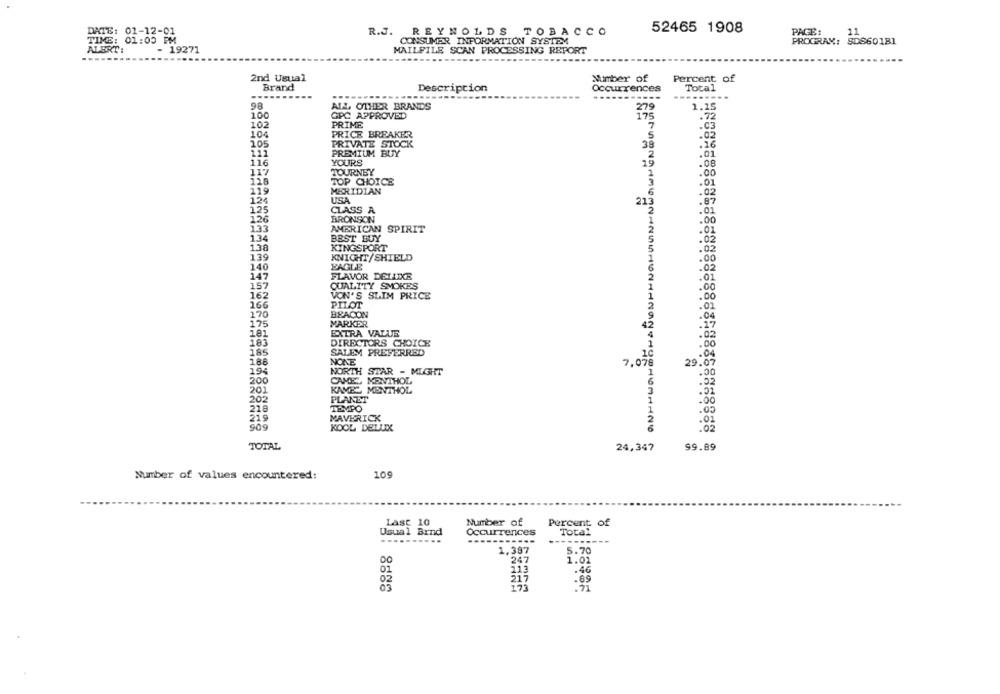
DATE: 01-12-01
R.J. REYNOLDS TOBACCO
52465 1908
PAGE:
11
TIME: 01:00 PM
CONSUMER INFORMATION SYSTEM
PROGRAM: SDS60181
ALERT:
- 19271
MAILFILE SCAN PROCESSING REPORT
2nd Usual
Number of
Percent of
Brand
Description
Occurrences
Total
-----------
----..
98
ALL, OTHER BRANDS
279
1.25
100
GPC APPROVED
175
.72
102
PRIME
7
.C3
104
PRICE BREAKER
5
.02
105
PRIVATE STOCK
38
.26
111
PREMIUM BUY
.01
2
116
YOURS
19
.08
117
TOURNEY
.00
118
TOP CHOICE
.01
119
MERIDIAN
124
USA
:07
213
125
CLASS A
.01
126
BRONSON
.00
133
AMERICAN SPIRIT
.01
134
BEST BUY
.02
138
KINGSPORT
139
.00
KNIGHT/SHIELD
140
EAGLE
.02
147
FLAVOR DELLIXE
.01
157
QUALITY SMOKES
.00
162
VON'S SLIM PRICE
.00
166
PILOT
170
BEACON
.04
175
MARKER
17
181
EXTRA VALUE
.02
183
DIRECTORS CHOICE
.00
185
SALEM PREFERRED
1c
.04
188
NONE
7,078
29.07
194
NORTH STAR - MIGHT
1
.00
200
CAMEL MENTHOL
6
.02
201
KAMEL MENTHOL
202
PLANET
:00
218
TEMPO
.05
219
MAVERICK
909
KOOL DELUX
:02
TOTAL
24,347
99.89
Number of values encountered:
109
Last 10
Number of
Percent of
Usual Brnd
Occurrences
Total
1,387
5.70
247
1.01
01
113
.46
217
.69
173
.71